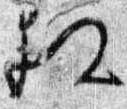
相